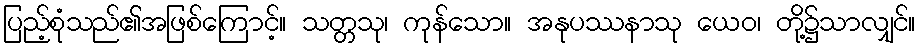
ပြည့်စုံသည်၏အဖြစ်ကြောင့်။ သတ္တသု၊ ကုန်သော။ အနုပဿနာသု ယေဝ၊ တို့၌သာလျှင်။